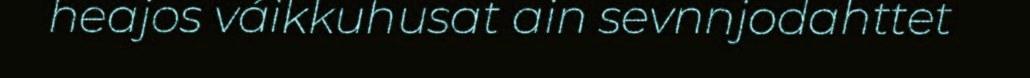
heajos váikkuhusat ain sevnnjodahttet